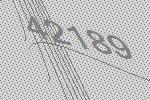
42189